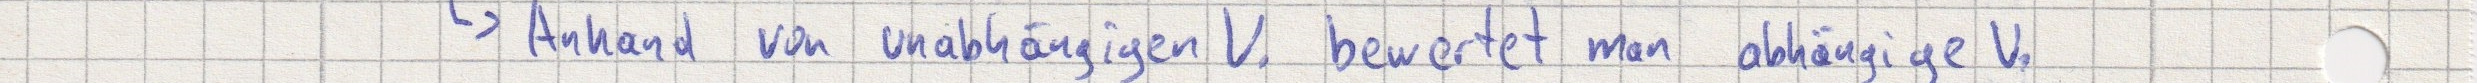
-> Anhand von unabhängigen V. bewertet man abhängige V.